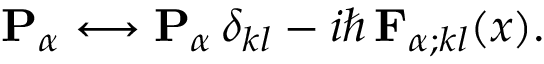
{ \mathbf { P } } _ { \alpha } \longleftrightarrow { \mathbf { P } } _ { \alpha } \, \delta _ { k l } - i \hbar \, { \mathbf { F } } _ { \alpha ; k l } ( x ) .